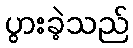
ပွားခဲ့သည်